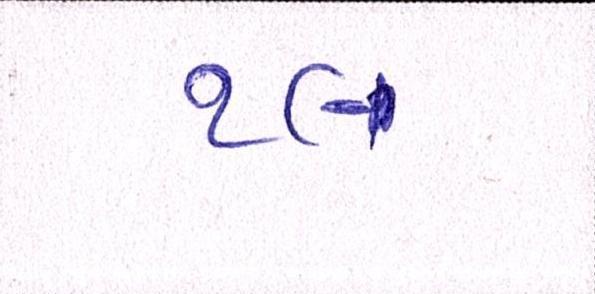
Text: ૧૯